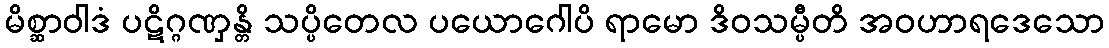
မိစ္ဆာဝါဒံ ပဋိဂ္ဂဏှန္တိ သပ္ပိတေလ ပယောဂေါပိ ရာမော ဒိဝသမ္ပီတိ အဝဟာရဒေသော